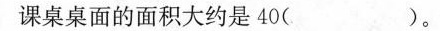
课桌桌面的面积大约是40( )。